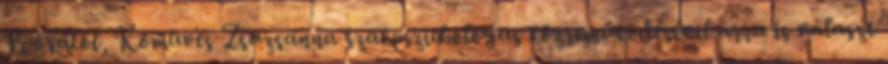
15 órától, Kőműves Zsuzsanna szakpszichológus közreműködésével arra is választ